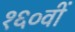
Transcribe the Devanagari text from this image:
१६०वीं